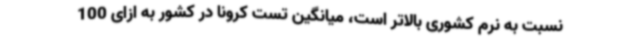
نسبت به نرم کشوری بالاتر است، میانگین تست کرونا در کشور به ازای 100